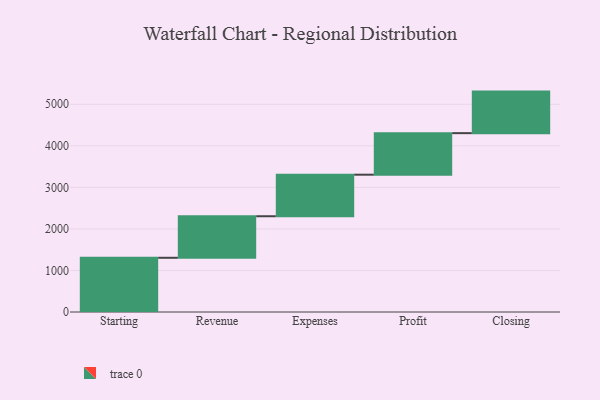
{"axis": {"x": "Step", "y": "Value"}, "legend": [""], "data": [{"x": "Starting", "y": 1305.0, "type": ""}, {"x": "Revenue", "y": 1000, "type": ""}, {"x": "Expenses", "y": 1000, "type": ""}, {"x": "Profit", "y": 1000, "type": ""}, {"x": "Closing", "y": 1000, "type": ""}]}